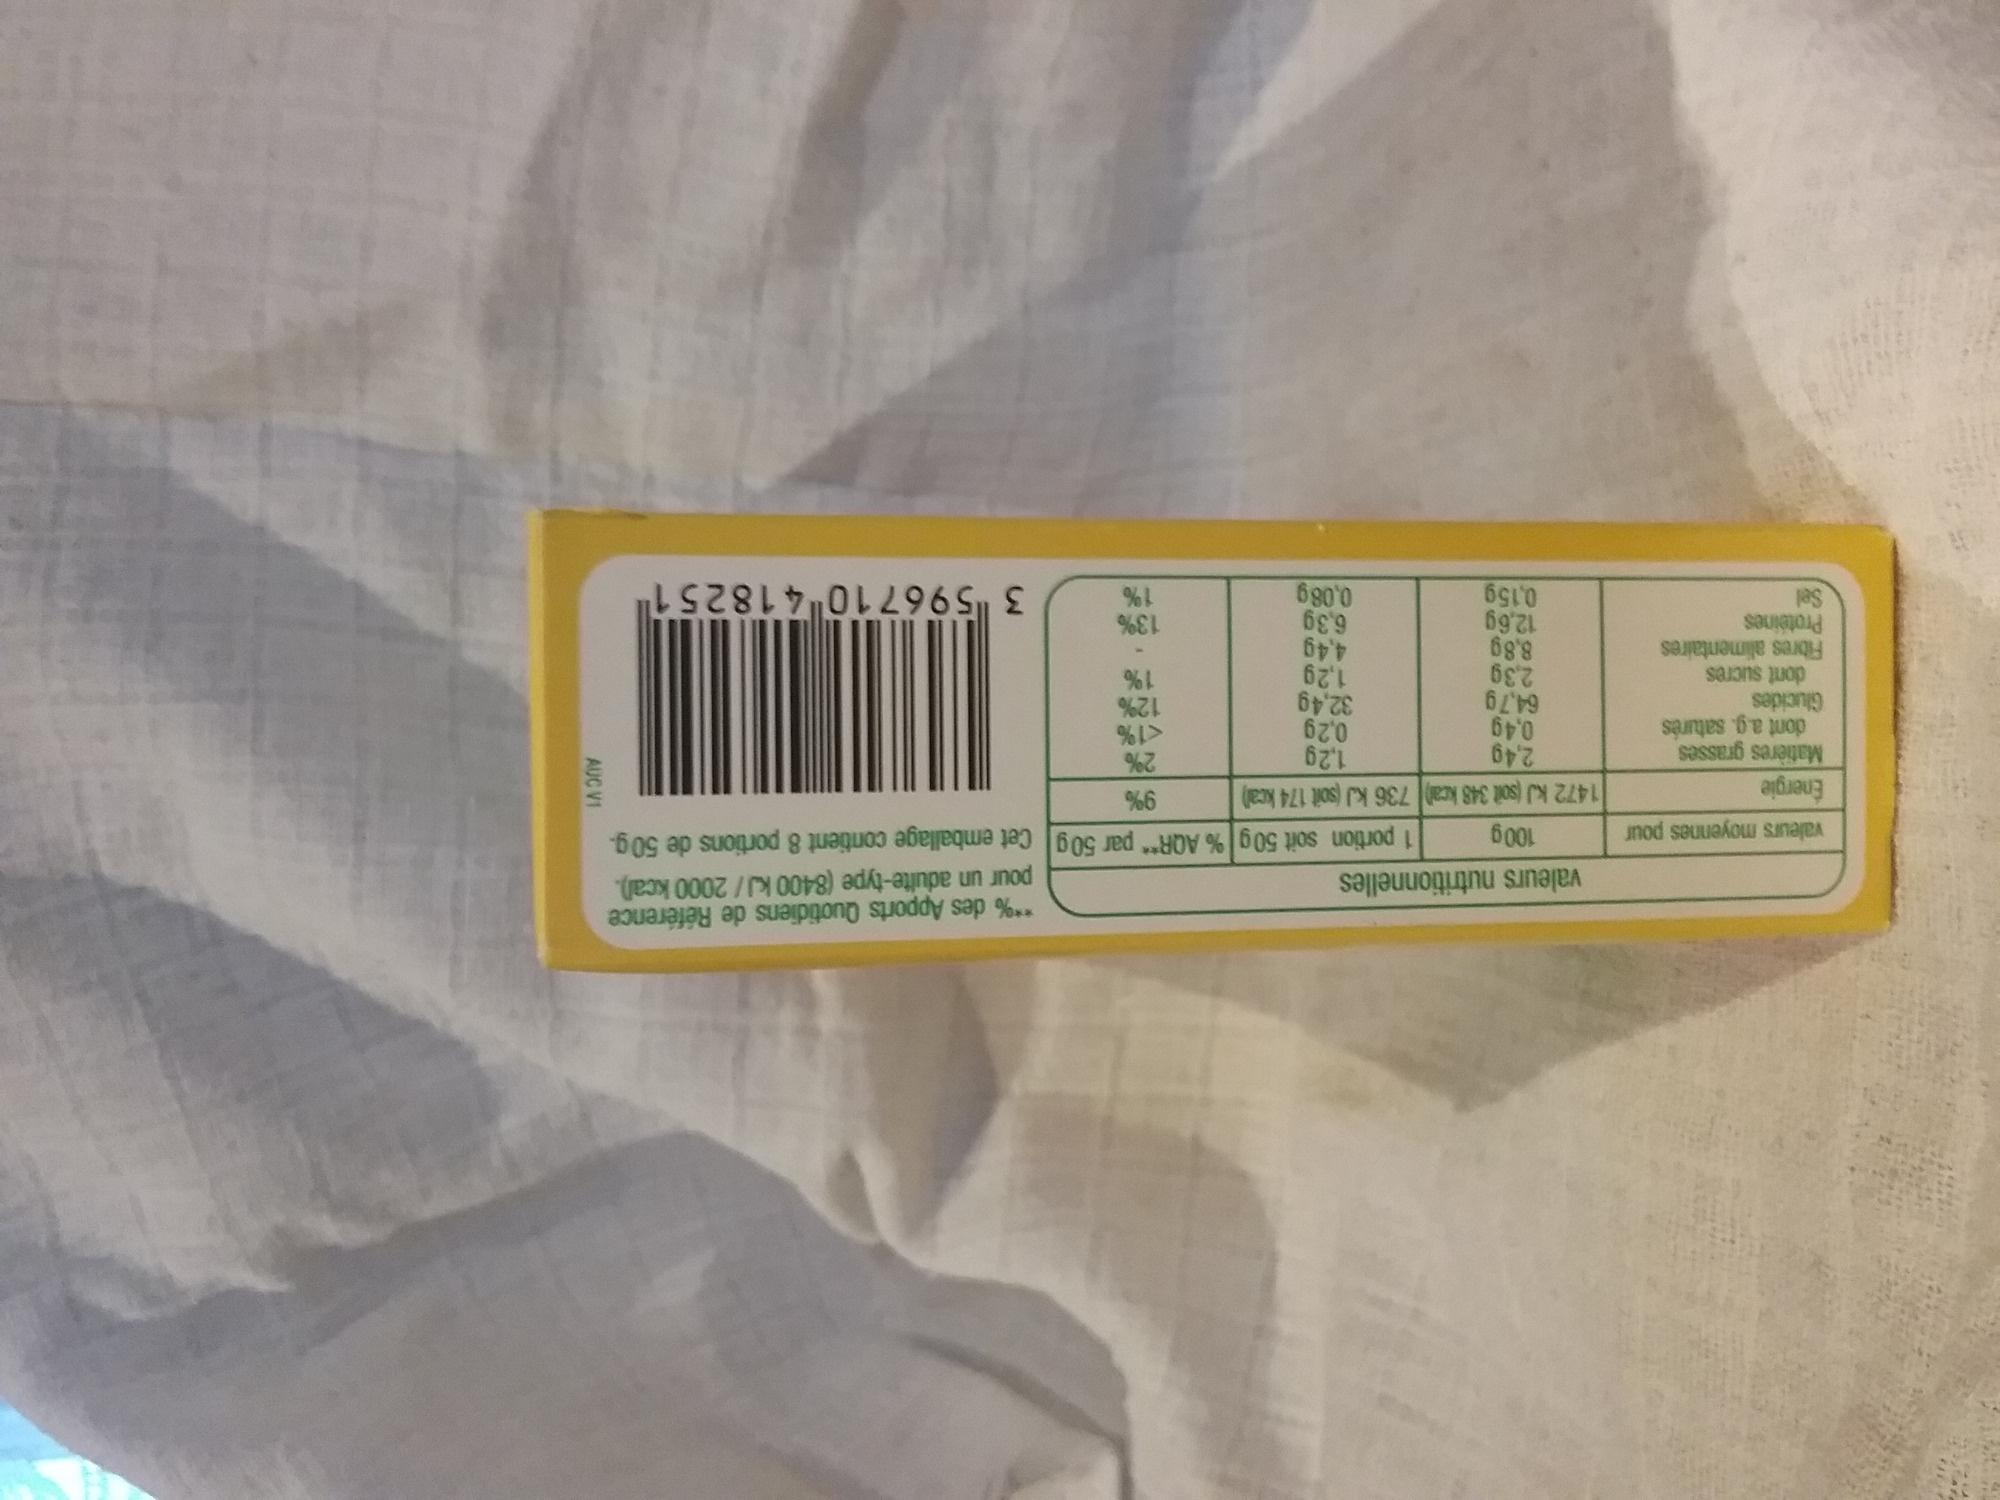
valeurs moyennes pour
Énergie
Matières grasses
dont a.g. saturés
Glucides
dont sucres
Fibres alimentaires
Protéines Sel
valeurs nutritionnelles
2,39
8,8g
**% des Apports Quotidiens de Référence pour un adulte-type (8400 kJ/2000 kcal).
1 portion soit 50g % AQR** par 50g Cet emballage contient 8 portions de 50 g.
100g
1472 kJ (soit 348 kcal) 736 kJ (soit 174 kcal)
2,4g
1,2g
0,4g
0,2g
64,79
32,4g
1,2g
4,4g
6,3g
0,08g
12,69
0,159
9%
2%
<1%
12%
1%
13%
1%
3 596710418251
AUC VI